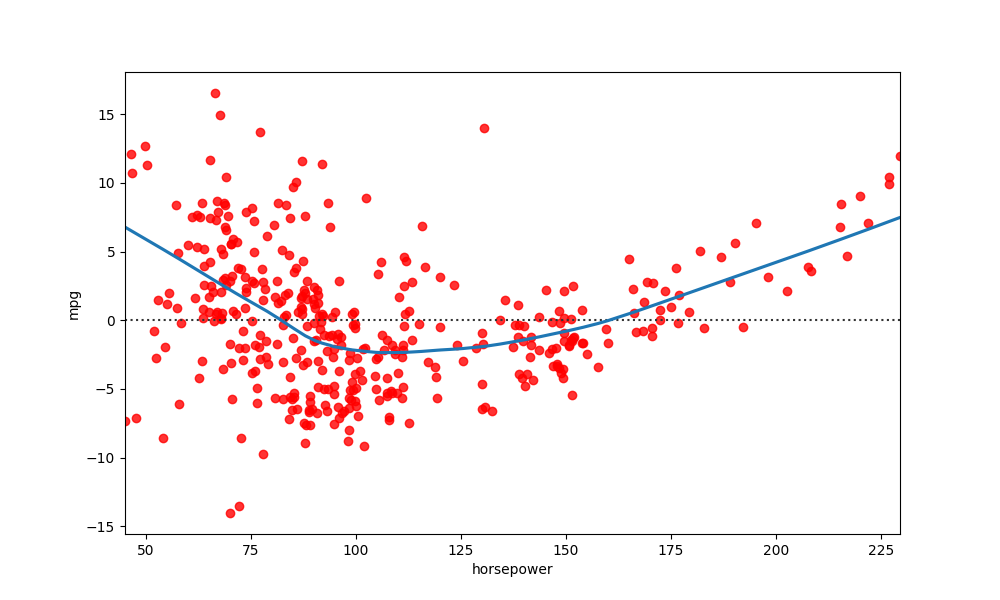
python, seaborn, residplot, lowess=True, scatter_color=red